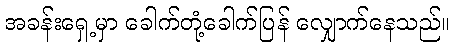
အခန်းရှေ့မှာ ခေါက်တုံ့ခေါက်ပြန် လျှောက်နေသည်။